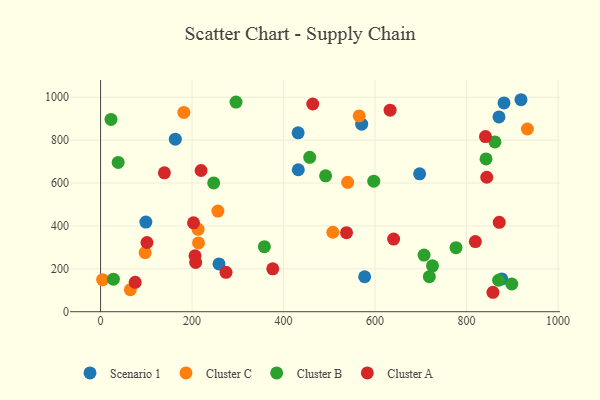
{"axis": {"x": "Speed", "y": "Salary"}, "legend": ["Cluster A", "Cluster B", "Cluster C", "Scenario 1"], "data": [{"x": "99.0", "y": 417.7, "type": "Scenario 1"}, {"x": "577.3", "y": 163.1, "type": "Scenario 1"}, {"x": "431.9", "y": 834.1, "type": "Scenario 1"}, {"x": "881.9", "y": 973.5, "type": "Scenario 1"}, {"x": "919.0", "y": 988.4, "type": "Scenario 1"}, {"x": "163.4", "y": 804.5, "type": "Scenario 1"}, {"x": "697.5", "y": 643.1, "type": "Scenario 1"}, {"x": "570.8", "y": 874.4, "type": "Scenario 1"}, {"x": "432.2", "y": 661.8, "type": "Scenario 1"}, {"x": "870.9", "y": 908.1, "type": "Scenario 1"}, {"x": "258.8", "y": 222.6, "type": "Scenario 1"}, {"x": "877.1", "y": 152.8, "type": "Scenario 1"}, {"x": "256.5", "y": 469.1, "type": "Cluster C"}, {"x": "4.5", "y": 149.2, "type": "Cluster C"}, {"x": "933.0", "y": 852.0, "type": "Cluster C"}, {"x": "540.1", "y": 603.4, "type": "Cluster C"}, {"x": "97.5", "y": 275.7, "type": "Cluster C"}, {"x": "213.2", "y": 384.3, "type": "Cluster C"}, {"x": "182.1", "y": 929.2, "type": "Cluster C"}, {"x": "507.8", "y": 370.5, "type": "Cluster C"}, {"x": "214.1", "y": 320.5, "type": "Cluster C"}, {"x": "65.1", "y": 102.7, "type": "Cluster C"}, {"x": "565.4", "y": 912.7, "type": "Cluster C"}, {"x": "22.8", "y": 896.4, "type": "Cluster B"}, {"x": "296.1", "y": 977.4, "type": "Cluster B"}, {"x": "597.2", "y": 608.7, "type": "Cluster B"}, {"x": "718.7", "y": 163.4, "type": "Cluster B"}, {"x": "842.6", "y": 712.6, "type": "Cluster B"}, {"x": "358.1", "y": 303.2, "type": "Cluster B"}, {"x": "707.1", "y": 264.2, "type": "Cluster B"}, {"x": "28.0", "y": 151.5, "type": "Cluster B"}, {"x": "870.1", "y": 146.6, "type": "Cluster B"}, {"x": "491.9", "y": 633.4, "type": "Cluster B"}, {"x": "38.5", "y": 695.9, "type": "Cluster B"}, {"x": "862.1", "y": 791.6, "type": "Cluster B"}, {"x": "898.9", "y": 129.2, "type": "Cluster B"}, {"x": "457.2", "y": 719.8, "type": "Cluster B"}, {"x": "725.6", "y": 214.0, "type": "Cluster B"}, {"x": "777.0", "y": 298.7, "type": "Cluster B"}, {"x": "247.3", "y": 600.3, "type": "Cluster B"}, {"x": "203.2", "y": 414.2, "type": "Cluster A"}, {"x": "75.7", "y": 137.1, "type": "Cluster A"}, {"x": "819.3", "y": 327.0, "type": "Cluster A"}, {"x": "857.7", "y": 90.6, "type": "Cluster A"}, {"x": "376.4", "y": 199.8, "type": "Cluster A"}, {"x": "274.2", "y": 183.8, "type": "Cluster A"}, {"x": "841.4", "y": 816.8, "type": "Cluster A"}, {"x": "871.5", "y": 416.7, "type": "Cluster A"}, {"x": "640.6", "y": 338.5, "type": "Cluster A"}, {"x": "101.4", "y": 322.7, "type": "Cluster A"}, {"x": "537.6", "y": 368.6, "type": "Cluster A"}, {"x": "206.5", "y": 260.9, "type": "Cluster A"}, {"x": "632.9", "y": 939.9, "type": "Cluster A"}, {"x": "844.2", "y": 626.9, "type": "Cluster A"}, {"x": "463.9", "y": 968.5, "type": "Cluster A"}, {"x": "207.9", "y": 229.9, "type": "Cluster A"}, {"x": "139.5", "y": 647.5, "type": "Cluster A"}, {"x": "219.7", "y": 658.5, "type": "Cluster A"}]}